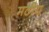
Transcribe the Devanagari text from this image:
मठीय